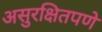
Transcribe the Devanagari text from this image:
असुरक्षितपणे